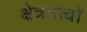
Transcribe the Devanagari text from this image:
क्षेत्रतत्वों